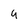
Character: 4